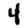
Digit: 4